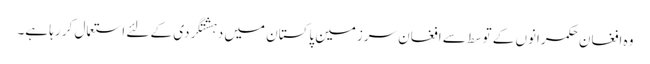
وہ افغان حکمرانوں کے توسط سے افغان سرزمین پاکستان میں دہشتگردی کے لئے استعمال کر رہا ہے۔